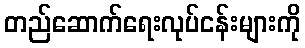
တည်ဆောက်ရေးလုပ်ငန်းများကို